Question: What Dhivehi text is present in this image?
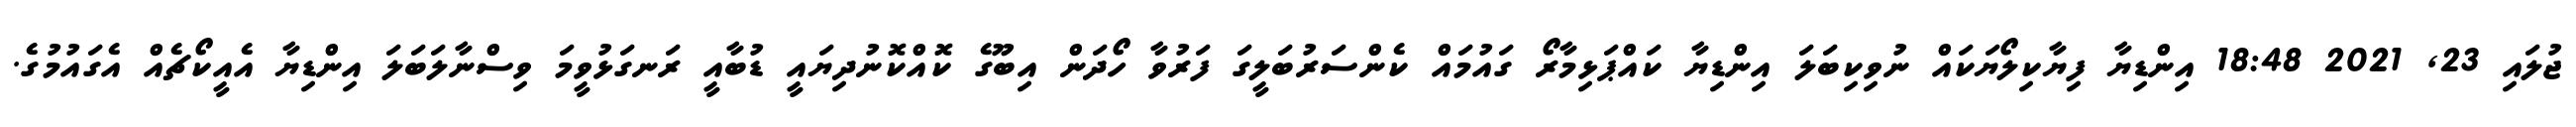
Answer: ޖުލައި 23, 2021 18:48 އިންޑިޔާ ފިޔާކިލޯޔަކައް ނުވިކިބަލަ އިންޑިޔާ ކައްޕަޅިމާރޯ ގައުމައް ކެންސަރުބަލީގަ ފަރުވާ ހޯދަން އިބޫގެ ކޮއްކޮނުދިޔައީ ޑުބާއީ ރަނގަޅުވީމަ ވިސްނާލަބަލަ އިންޑިޔާ އެއީކޯޗެއް އެގައުމުގެ.